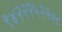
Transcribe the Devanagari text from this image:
९४२२२५२२०८